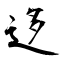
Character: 迻